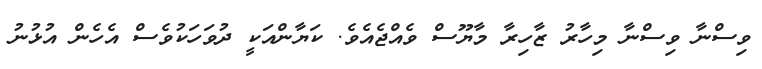
ވިސްނާ ވިސްނާ މިހާރު ޒާހިރާ މާޔޫސް ވެއްޖެއެވެ. ކަޔާންއަކީ ދުވަހަކުވެސް އެހެން އުޅުނު